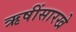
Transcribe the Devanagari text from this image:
ऋषींसारखे